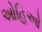
ઓહિઓ